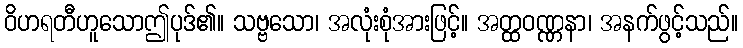
ဝိဟရတီဟူသောဤပုဒ်၏။ သဗ္ဗသော၊ အလုံးစုံအားဖြင့်။ အတ္ထဝဏ္ဏနာ၊ အနက်ဖွင့်သည်။